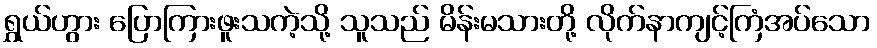
ရွှယ်ဟွား ပြောကြားဖူးသကဲ့သို့ သူသည် မိန်းမသားတို့ လိုက်နာကျင့်ကြံအပ်သော